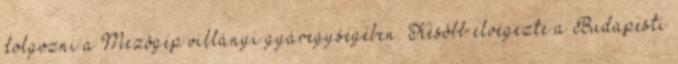
dolgozni a Mezôgép villányi gyáregységében. Késôbb elvégezte a Budapesti